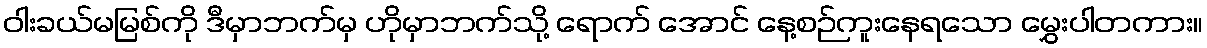
ဝါးခယ်မမြစ်ကို ဒီမှာဘက်မှ ဟိုမှာဘက်သို့ ရောက် အောင် နေ့စဉ်ကူးနေရသော မွှေးပါတကား။